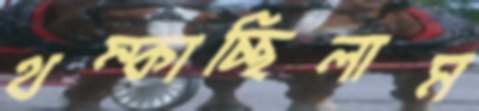
থম্‌কাচ্ছিলাম